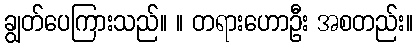
ချွတ်ပေကြားသည်။ ။ တရားဟောဦး အစတည်း။